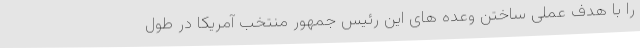
را با هدف عملی ساختن وعده های این رئیس جمهور منتخب آمریکا در طول